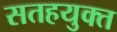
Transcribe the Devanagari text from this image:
सतहयुक्त